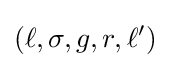
(\ell ,\sigma ,g,r,\ell ')